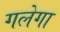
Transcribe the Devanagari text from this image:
गलेगा